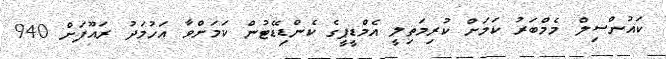
ކައުންސިލް މެމްބަރު ކަމަށް ކުރިމަތިލީ އެމްޑީޕީގެ ކެންޑިޑޭޓުން ކަމަށްވާ އަހުމަދު ރައޫފަށް 940